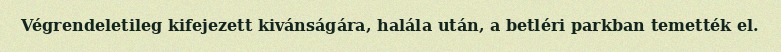
Végrendeletileg kifejezett kivánságára, halála után, a betléri parkban temették el.